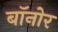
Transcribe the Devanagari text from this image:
बॉनोर